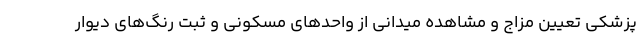
پزشکی تعیین مزاج و مشاهده میدانی از واحدهای مسکونی و ثبت رنگ‌های دیوار